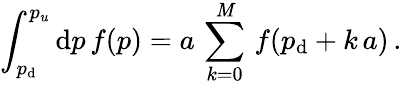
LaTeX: \int_{p_{\mathrm{d}}}^{p_{u}}\mathrm{d}p\, f(p)=a\, \sum_{k=0}^{\mathit{M}}\, f(p_{\mathrm{d}}+k\, a)\, .